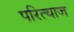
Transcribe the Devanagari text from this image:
परित्याज